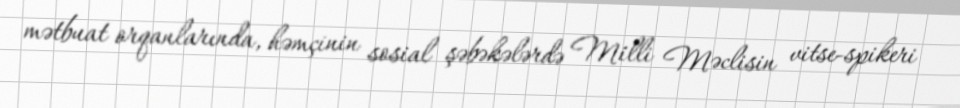
mətbuat orqanlarında, həmçinin sosial şəbəkələrdə Milli Məclisin vitse-spikeri